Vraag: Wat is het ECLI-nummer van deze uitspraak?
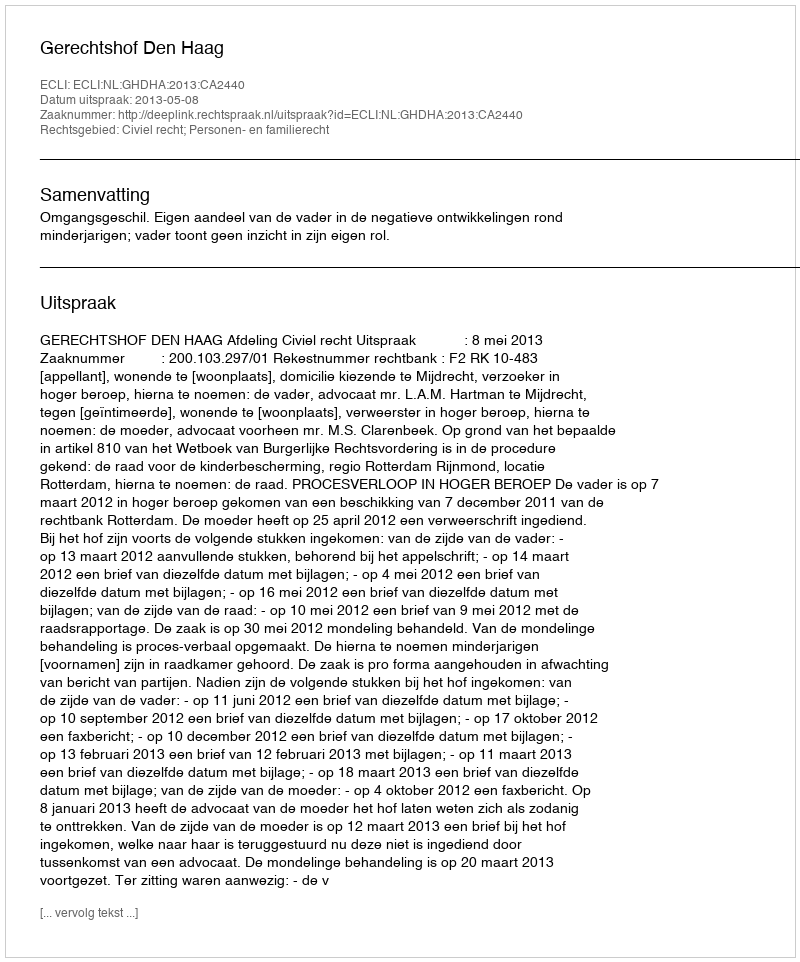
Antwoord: ECLI:NL:GHDHA:2013:CA2440